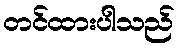
တင်ထားပါသည်